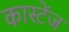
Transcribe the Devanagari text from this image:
कास्टेंज